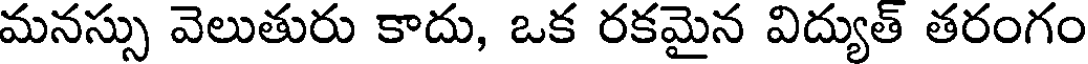
మనస్సు వెలుతురు కాదు, ఒక రకమైన విద్యుత్ తరంగం